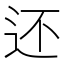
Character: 还